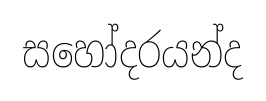
සහෝදරයන්ද